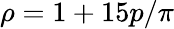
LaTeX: \rho=1+15p/\pi